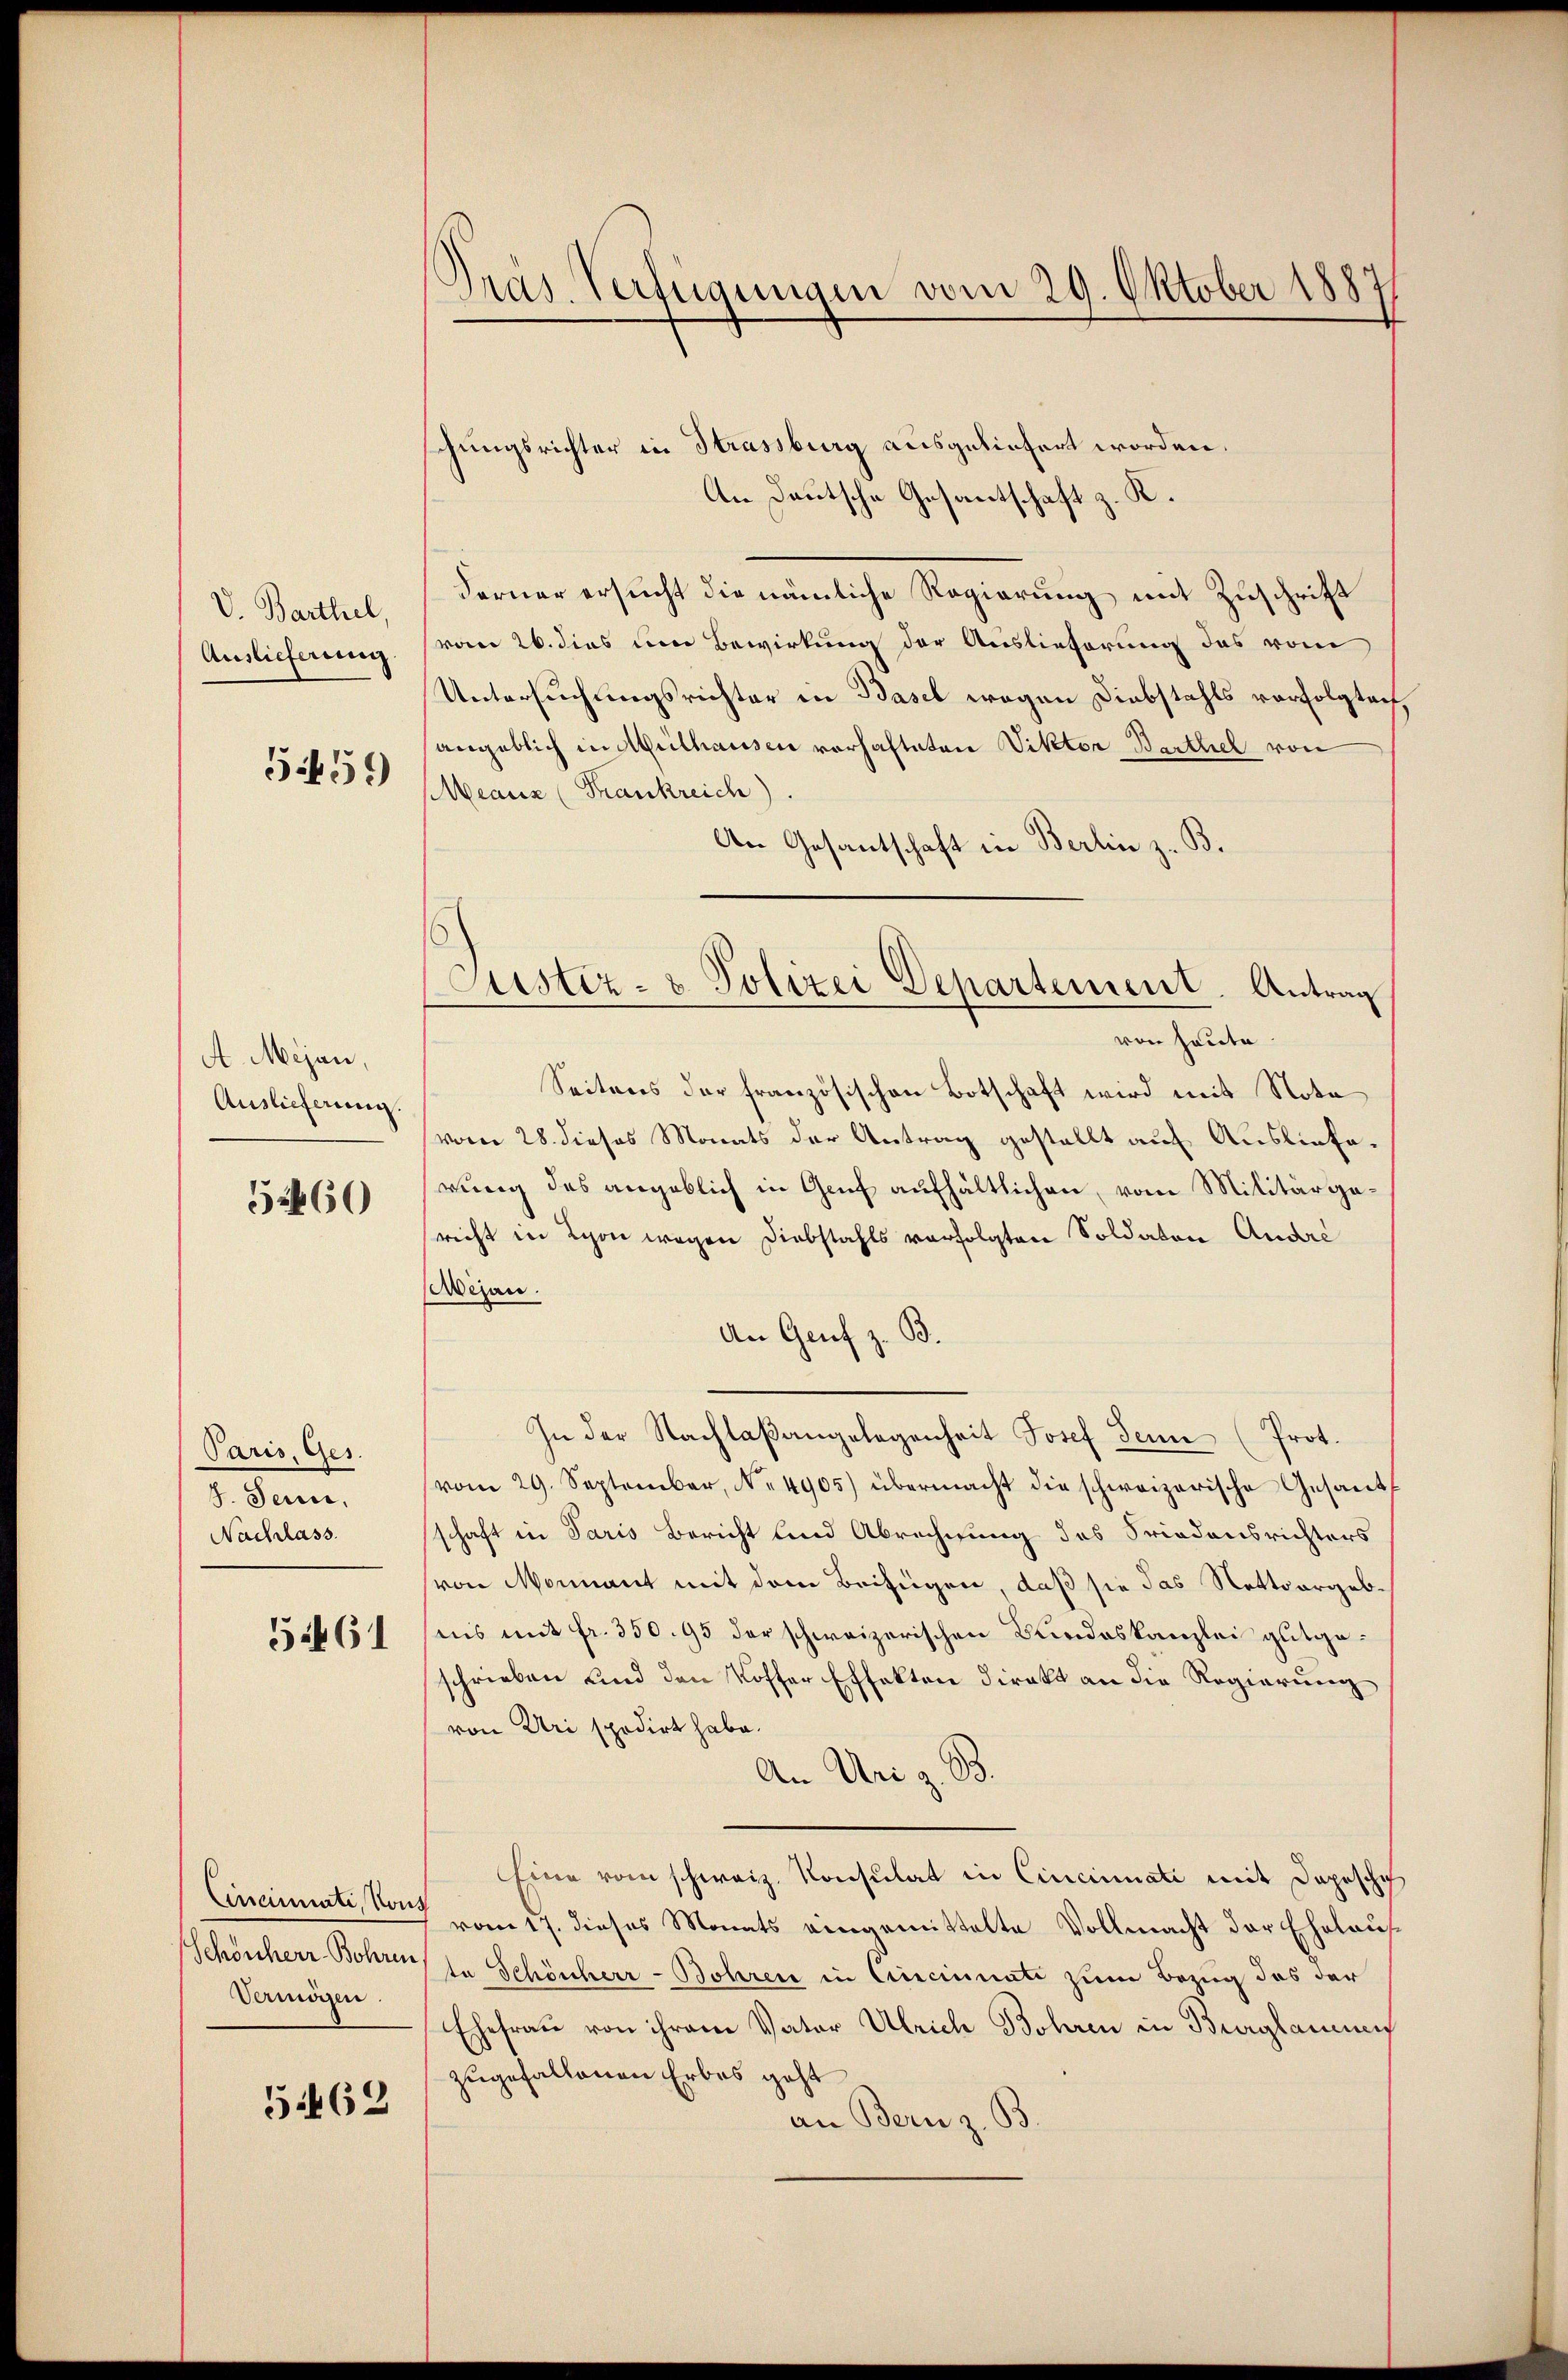
V. Barthel
Auslieferung

5459

A Mejan,
Auslieferung.

52460

Paris, Ges.
4. Jan.
Nachlass.

5461

Cincinati, von
Schönherr Bohren,
Vermögen.

G 62

Präs. Verfügungen vom 29. Oktober 1887

hungsrichter in Strassburg ausgeliefert worden.
An Deutsche Gesantschaft z. K.
Ferner ersucht die nämliche Regierung mit Zuschrift
vom 26. dies um Bewirkung der Auslieferung das vom
Untersuchungsrichter in Basel wegen Diebstahls verfolgtach,
angeblich in Meilhausen vorhafteten Viktor Barthel von
Meauz (Frankreich
An Gesantschaft in Berlin z. B.
von heute.
Seitens der französischen Botschaft wird mit Nota
vom 28. dieses Monats der Antrag gestellt auf Ausliefe.
rung des angeblich in Genf aufhältlichen, vom Militärgaricht in Schon wegen Diebstahls verfolgten Soldaten Andre
Aejan.
An Genf z. B.
In der Nachlaßangelegenheit Josef Sein (Prot.
vom 29. September, No. 4905) übermacht die schweizerische Gesandt
schaft in Paris Bericht und Abrechnung des Friedensrichters
von Monnant mit dem Beifügen, daß sie das Nettsorgebnis mit fr. 35095 der schweizerischen Bundeskanzlei gutgeschrieben und den Koffer Effekten direkt an die Regierung
von Uri spodirt habe.
An Uri z. B.
Eine vom schweiz. Konsulat in Cincinati mit Depesche
vom 17. dieses Monats eingemittelte Vollmacht der Ehelaufte Schönherr-Bohren in Cincinati zum Bezug das der
Ehefrau von ihrem Vater Ulrich Bohren in Beglaunis
zugefallenen Erbes geht
an Bern z. B.

Justiz- & Polizei Departement. Antrag